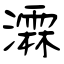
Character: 瀮